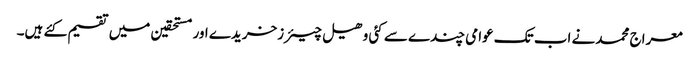
معراج محمدنے اب تک عوامی چندے سے کئی وھیل چیئرزخریدے اور مستحقین میں تقسیم کئے ہیں۔